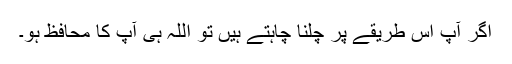
اگر آپ اس طریقے پر چلنا چاہتے ہیں تو اللہ ہی آپ کا محافظ ہو۔